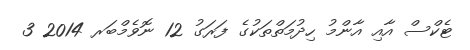
ޓެކްސް އާއި އާންމު ހިދުމަތްތަކުގެ ފަރަގު 12 ނޮވެމްބަރ 2014 3